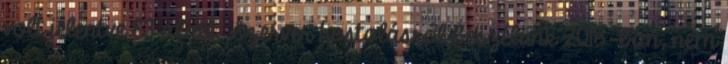
volt jelentve E3 alatt. Szerver hostolásról beszélünk 2018-ban, nem